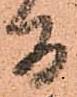
間